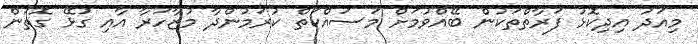
މިއަދު އިދިކޮޅު ފަރާތްތަކުން ބޭއްވުމަށް މަސައްކަތް ކުރަމުންދާ މުޒާހަރާ އާއި ގުޅޭ ގޮތުން